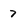
Character: 7